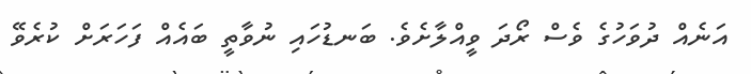
އަނެއް ދުވަހުގެ ވެސް ރޯދަަ ވީއްލާށެވެ. ބަނޑުހައި ނުވާތީ ބައެއް ފަހަރަށް ކުރެވޭ